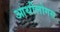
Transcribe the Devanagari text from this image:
आर्थोलोगस